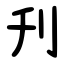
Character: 刋